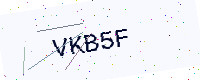
Text: VKB5F